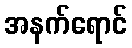
အနက်ရောင်